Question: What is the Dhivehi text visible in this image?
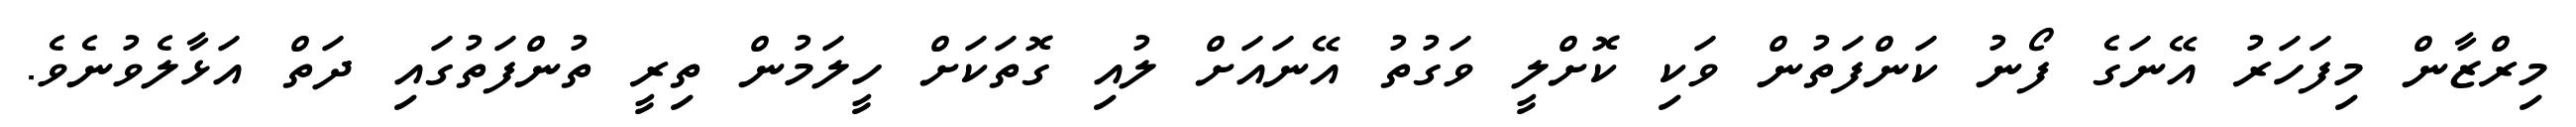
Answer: މިރްޒާން މިފަހަރު އޭނަގެ ފޯނު ކަންފަތުން ވަކި ކޮށްލީ ވަގުތު އޭނައަށް ލުއި ގޮތަކަށް ހީލަމުން ތިރީ ތުންފަތުގައި ދަތް އަޅާލެވުނެވެ.